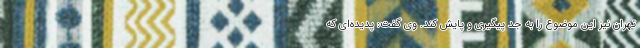
تهران نیز این موضوع را به جد پیگیری و پایش کند. وی گفت: پدیده‌ای که